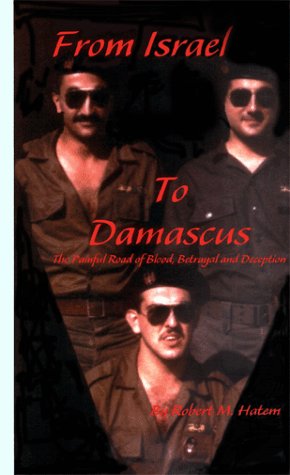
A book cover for From Israel to Damascus : The Painful Road of Blood, Betrayal and Deception; Robert M. Hatem; Travel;